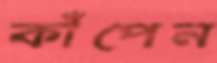
কাঁপেন